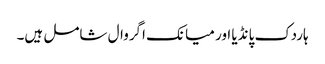
ہاردک پانڈیا اور میانک اگروال شامل ہیں۔